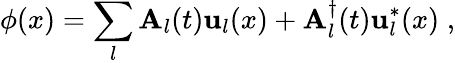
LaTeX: \phi(x)=\sum_{l}\mathbf{A}_{l}(t)\mathbf{u}_{l}(x)+\mathbf{A}_{l}^{\dagger}(t)\mathbf{u}_{l}^{*}(x)\; ,